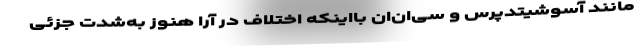
مانند آسوشیتدپرس و سی‌ان‌ان بااینکه اختلاف در آرا هنوز به‌شدت جزئی